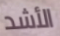
الأشد